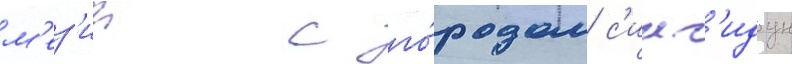
м'ез'ии с го́родом с'инг'идун